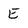
Character: E